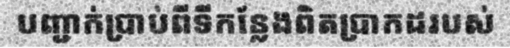
បញ្ជាក់ប្រាប់ពីទីកន្លែងពិតប្រាកដរបស់